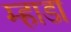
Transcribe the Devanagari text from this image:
म्हाडा